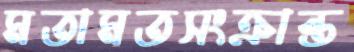
মতামতসংক্রান্ত